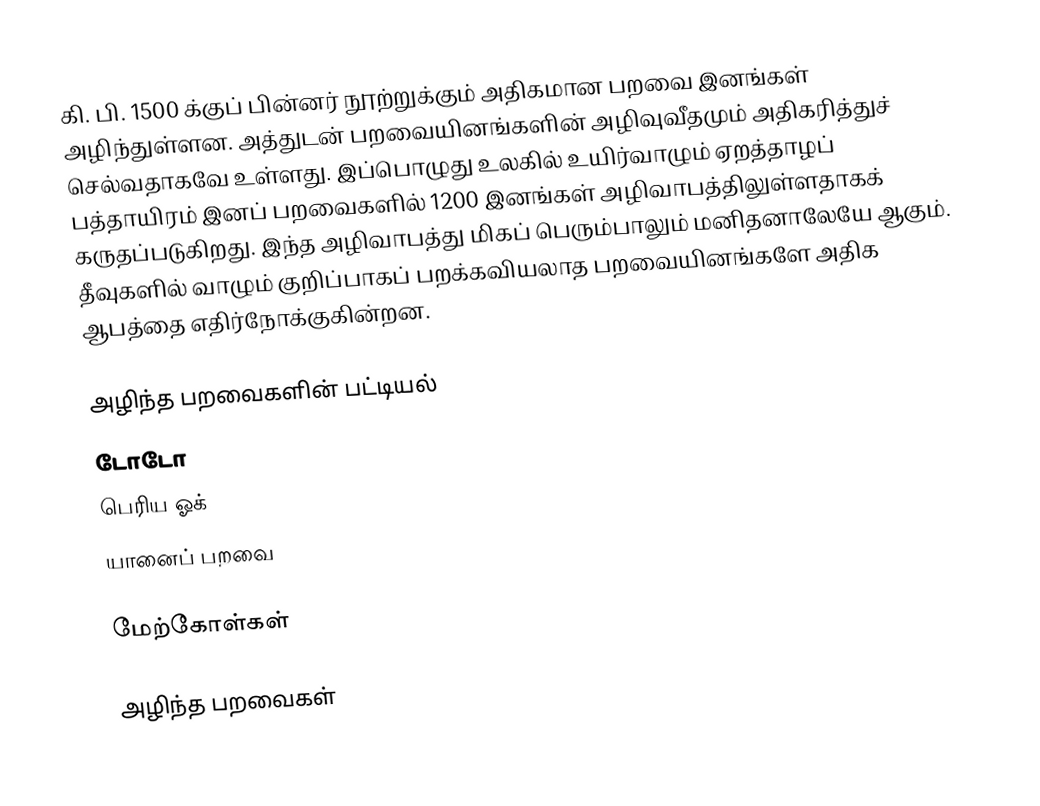
கி. பி. 1500 க்குப் பின்னர் நூற்றுக்கும் அதிகமான பறவை இனங்கள் அழிந்துள்ளன. அத்துடன் பறவையினங்களின் அழிவுவீதமும் அதிகரித்துச் செல்வதாகவே உள்ளது. இப்பொழுது உலகில் உயிர்வாழும் ஏறத்தாழப் பத்தாயிரம் இனப் பறவைகளில் 1200 இனங்கள் அழிவாபத்திலுள்ளதாகக் கருதப்படுகிறது. இந்த அழிவாபத்து மிகப் பெரும்பாலும் மனிதனாலேயே ஆகும். தீவுகளில் வாழும் குறிப்பாகப் பறக்கவியலாத பறவையினங்களே அதிக ஆபத்தை எதிர்நோக்குகின்றன.

அழிந்த பறவைகளின் பட்டியல்
 டோடோ
 பெரிய ஓக்
 யானைப் பறவை

மேற்கோள்கள்

அழிந்த பறவைகள்